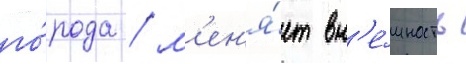
го́рода / м'ен'я́ет вн'е́шность